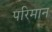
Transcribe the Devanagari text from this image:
परिमान